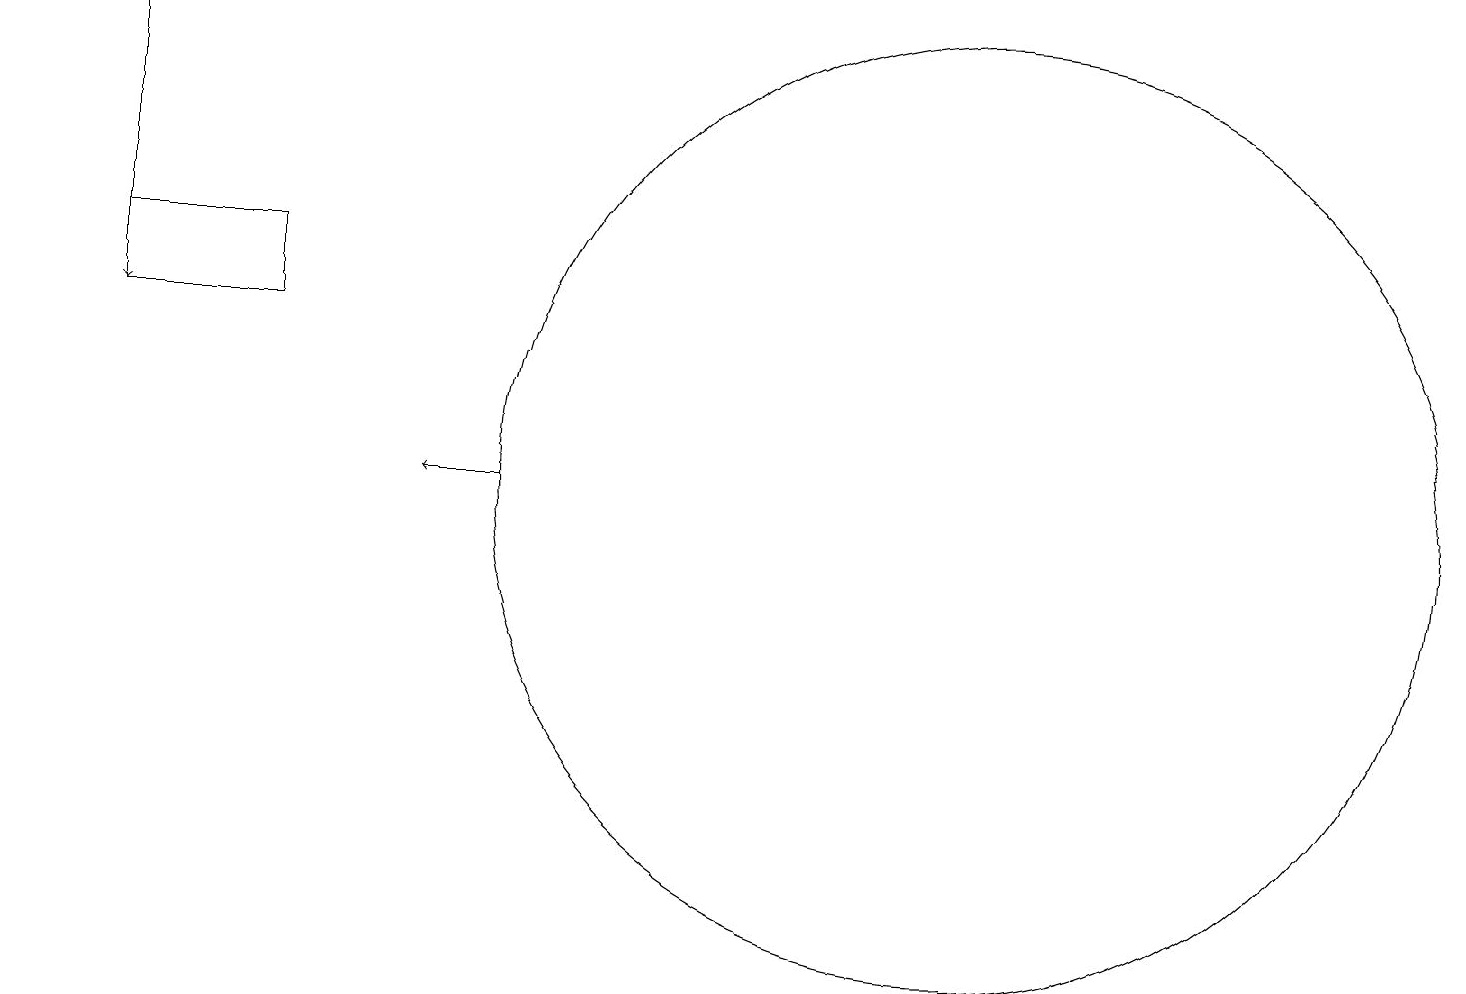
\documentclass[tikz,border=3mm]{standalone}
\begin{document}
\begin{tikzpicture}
\draw[->] (1,16) -- (1,12);
\draw (1,13) rectangle (3,12);
\draw[->] (6,10) -- (5,10);
\draw (12,10) circle (6);
\draw (3,16) rectangle (0,16);
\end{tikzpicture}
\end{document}